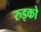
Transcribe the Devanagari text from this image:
रुइको